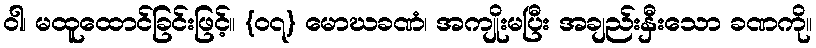
ဝါ၊ မထူထောင်ခြင်းဖြင့်။ {၀၇} မောဃခဏံ၊ အကျိုးမပြီး အချည်းနှီးသော ခဏကို။